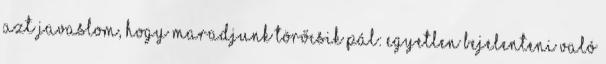
azt javaslom, hogy maradjunk Törőcsik Pál: Egyetlen bejelenteni való